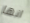
انها